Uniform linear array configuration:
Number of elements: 8
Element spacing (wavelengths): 0.5
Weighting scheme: blackman
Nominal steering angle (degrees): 15
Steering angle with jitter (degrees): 13.95
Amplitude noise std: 0.05
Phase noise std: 0.05

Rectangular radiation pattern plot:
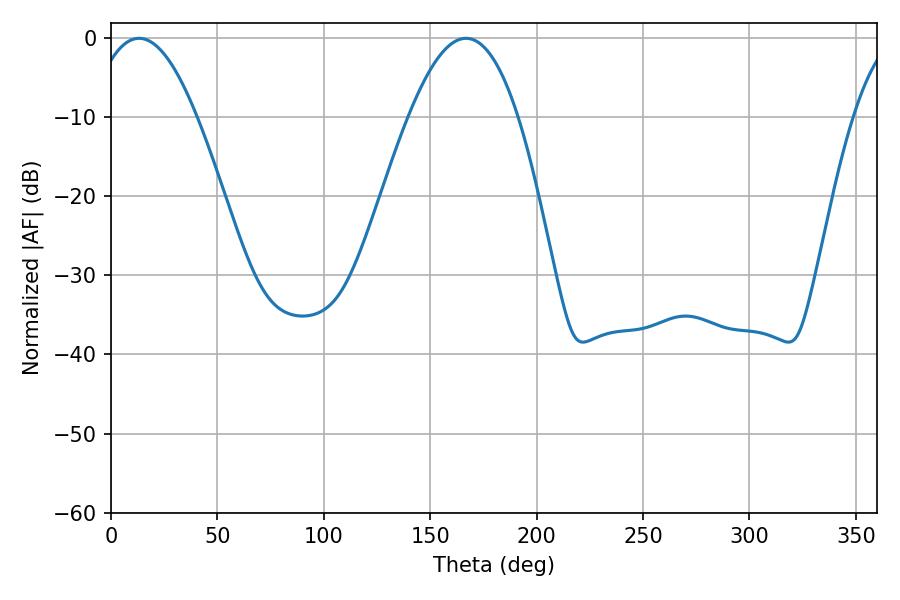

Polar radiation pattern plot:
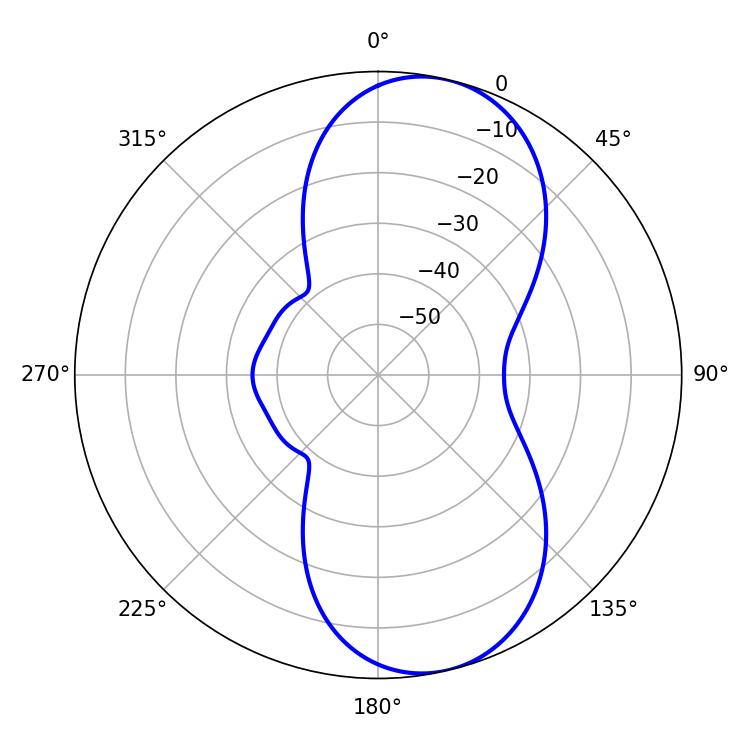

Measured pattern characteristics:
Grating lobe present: FALSE
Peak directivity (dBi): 8.999
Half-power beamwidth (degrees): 27.72
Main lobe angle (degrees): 13.14